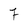
Character: 7